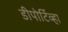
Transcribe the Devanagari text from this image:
डीपोर्टिव्हा